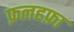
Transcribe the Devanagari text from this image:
फ़लहफ़ा